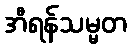
အီရန်သမ္မတ